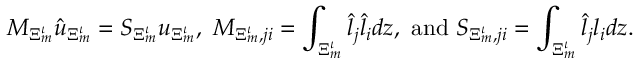
\boldsymbol { M } _ { \Xi _ { m } ^ { \iota } } \hat { \boldsymbol { u } } _ { \Xi _ { m } ^ { \iota } } = \boldsymbol { S } _ { \Xi _ { m } ^ { \iota } } \boldsymbol { u } _ { \Xi _ { m } ^ { \iota } } , \ M _ { \Xi _ { m } ^ { \iota } , j i } = \int _ { \Xi _ { m } ^ { \iota } } \hat { l } _ { j } \hat { l } _ { i } d \boldsymbol { z } , \ \mathrm { a n d } \ S _ { \Xi _ { m } ^ { \iota } , j i } = \int _ { \Xi _ { m } ^ { \iota } } \hat { l } _ { j } l _ { i } d \boldsymbol { z } .